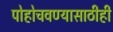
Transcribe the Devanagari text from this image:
पोहोचवण्यासाठीही